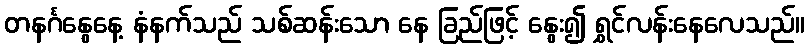
တနင်္ဂနွေနေ့ နံနက်သည် သစ်ဆန်းသော နေ ခြည်ဖြင့် နွေး၍ ရွှင်လန်းနေလေသည်။